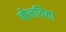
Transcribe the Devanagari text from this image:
बोलविता